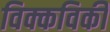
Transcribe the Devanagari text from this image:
विक्कविकी